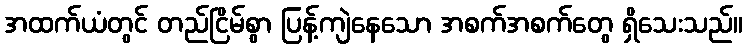
အထက်ယံတွင် တည်ငြိမ်စွာ ပြန့်ကျဲနေသော အစက်အစက်တွေ ရှိသေးသည်။